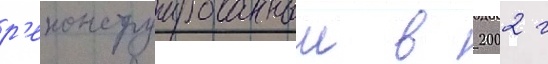
р'еконструированныи в 2002 г